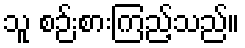
သူ စဉ်းစားကြည့်သည်။